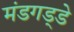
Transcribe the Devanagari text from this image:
मंडगड्डे